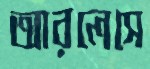
আরলেসে